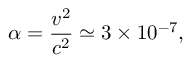
\alpha = \frac { v ^ { 2 } } { c ^ { 2 } } \simeq 3 \times 1 0 ^ { - 7 } ,